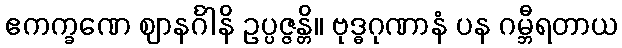
ဧကက္ခဏေ ဈာနင်္ဂါနိ ဥပ္ပဇ္ဇန္တိ။ ဗုဒ္ဓဂုဏာနံ ပန ဂမ္ဘီရတာယ